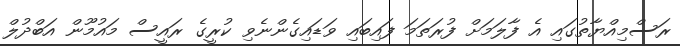
ރަސްމިއްޔާތުގައި އެ ފާލަމަށް ފުރަތަމަ ފައިބައި ވަޑައިގެންނެވި ކުރީގެ ރައީސް މައުމޫން އަބްދުލް